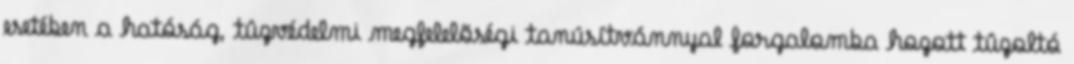
esetében a hatóság, tûzvédelmi megfelelõségi tanúsítvánnyal forgalomba hozott tûzoltó